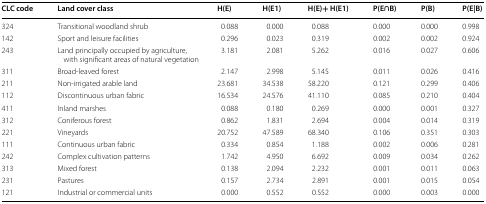
<table><thead><tr><td><b>CLC code</b></td><td><b>Land cover class</b></td><td><b>H(E)</b></td><td><b>H(E1)</b></td><td><b>H(E)+ H(E1)</b></td><td><b>P(E∩B)</b></td><td><b>P(B)</b></td><td><b>P(E|B)</b></td></tr></thead><tbody><tr><td>324</td><td>Transitional woodland shrub</td><td>0.088</td><td>0.000</td><td>0.088</td><td>0.000</td><td>0.000</td><td>0.998</td></tr><tr><td>142</td><td>Sport and leisure facilities</td><td>0.296</td><td>0.023</td><td>0.319</td><td>0.002</td><td>0.002</td><td>0.924</td></tr><tr><td>243</td><td>Land principally occupied by agriculture, with significant areas of natural vegetation</td><td>3.181</td><td>2.081</td><td>5.262</td><td>0.016</td><td>0.027</td><td>0.606</td></tr><tr><td>311</td><td>Broad-leaved forest</td><td>2.147</td><td>2.998</td><td>5.145</td><td>0.011</td><td>0.026</td><td>0.416</td></tr><tr><td>211</td><td>Non-irrigated arable land</td><td>23.681</td><td>34.538</td><td>58.220</td><td>0.121</td><td>0.299</td><td>0.406</td></tr><tr><td>112</td><td>Discontinuous urban fabric</td><td>16.534</td><td>24.576</td><td>41.110</td><td>0.085</td><td>0.210</td><td>0.404</td></tr><tr><td>411</td><td>Inland marshes</td><td>0.088</td><td>0.180</td><td>0.269</td><td>0.000</td><td>0.001</td><td>0.327</td></tr><tr><td>312</td><td>Coniferous forest</td><td>0.862</td><td>1.831</td><td>2.694</td><td>0.004</td><td>0.014</td><td>0.319</td></tr><tr><td>221</td><td>Vineyards</td><td>20.752</td><td>47.589</td><td>68.340</td><td>0.106</td><td>0.351</td><td>0.303</td></tr><tr><td>111</td><td>Continuous urban fabric</td><td>0.334</td><td>0.854</td><td>1.188</td><td>0.002</td><td>0.006</td><td>0.281</td></tr><tr><td>242</td><td>Complex cultivation patterns</td><td>1.742</td><td>4.950</td><td>6.692</td><td>0.009</td><td>0.034</td><td>0.262</td></tr><tr><td>313</td><td>Mixed forest</td><td>0.138</td><td>2.094</td><td>2.232</td><td>0.001</td><td>0.011</td><td>0.063</td></tr><tr><td>231</td><td>Pastures</td><td>0.157</td><td>2.734</td><td>2.891</td><td>0.001</td><td>0.015</td><td>0.054</td></tr><tr><td>121</td><td>Industrial or commercial units</td><td>0.000</td><td>0.552</td><td>0.552</td><td>0.000</td><td>0.003</td><td>0.000</td></tr></tbody></table>